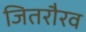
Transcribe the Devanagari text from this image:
जितरौरव